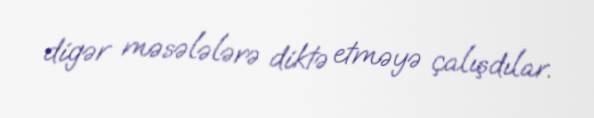
digər məsələlərə diktə etməyə çalışdılar.